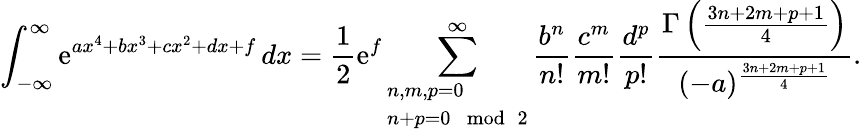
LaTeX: \int_{-\infty}^{\infty}\mathrm{e}^{ax^{4}+bx^{3}+cx^{2}+dx+f}\, dx={\frac{{1}}{{2}}}\mathrm{e}^{f}\sum_{\begin{array}{l}{n,m,p=0}\\ {n+p=0\mod 2}\end{array}}^{\infty}{\frac{{b^{n}}}{{n!}}}{\frac{{c^{m}}}{{m!}}}{\frac{{d^{p}}}{{p!}}}{\frac{{\Gamma\left({\frac{{3n+2m+p+1}}{{4}}}\right)}}{{(-a)^{\frac{{3n+2m+p+1}}{{4}}}}}}.